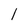
Character: l